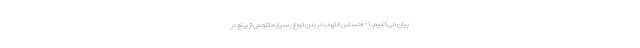
بیان می‌کنیم. ۱- احساس التهاب در بدن انواع بسیار متنوعی از برنج در